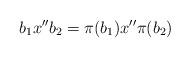
LaTeX: \begin{align*}b_1x''b_2 = \pi(b_1)x'' \pi(b_2)\end{align*}